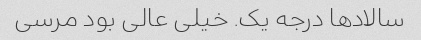
سالاد‌ها درجه یک. خیلی عالی بود مرسی